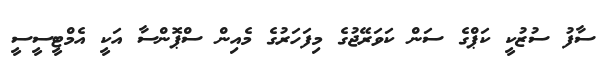
ސާފު ސުޒުކީ ކަޕްގެ ސަން ކަވަރޭޖުގެ މިފަހަރުގެ މެއިން ސްޕޮންސާ އަކީ އެމްޓީސީސީ